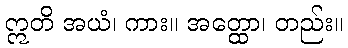
ဣတိ အယံ၊ ကား။ အတ္ထော၊ တည်း။